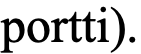
portti).